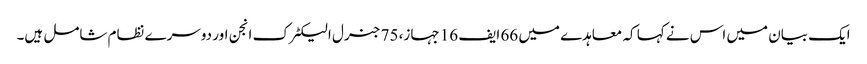
ایک بیان میں اس نے کہا کہ معاہدے میں 66 ایف 16 جہاز، 75 جنرل الیکٹرک انجن اور دوسرے نظام شامل ہیں۔